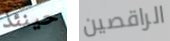
حينئذ الراقصين